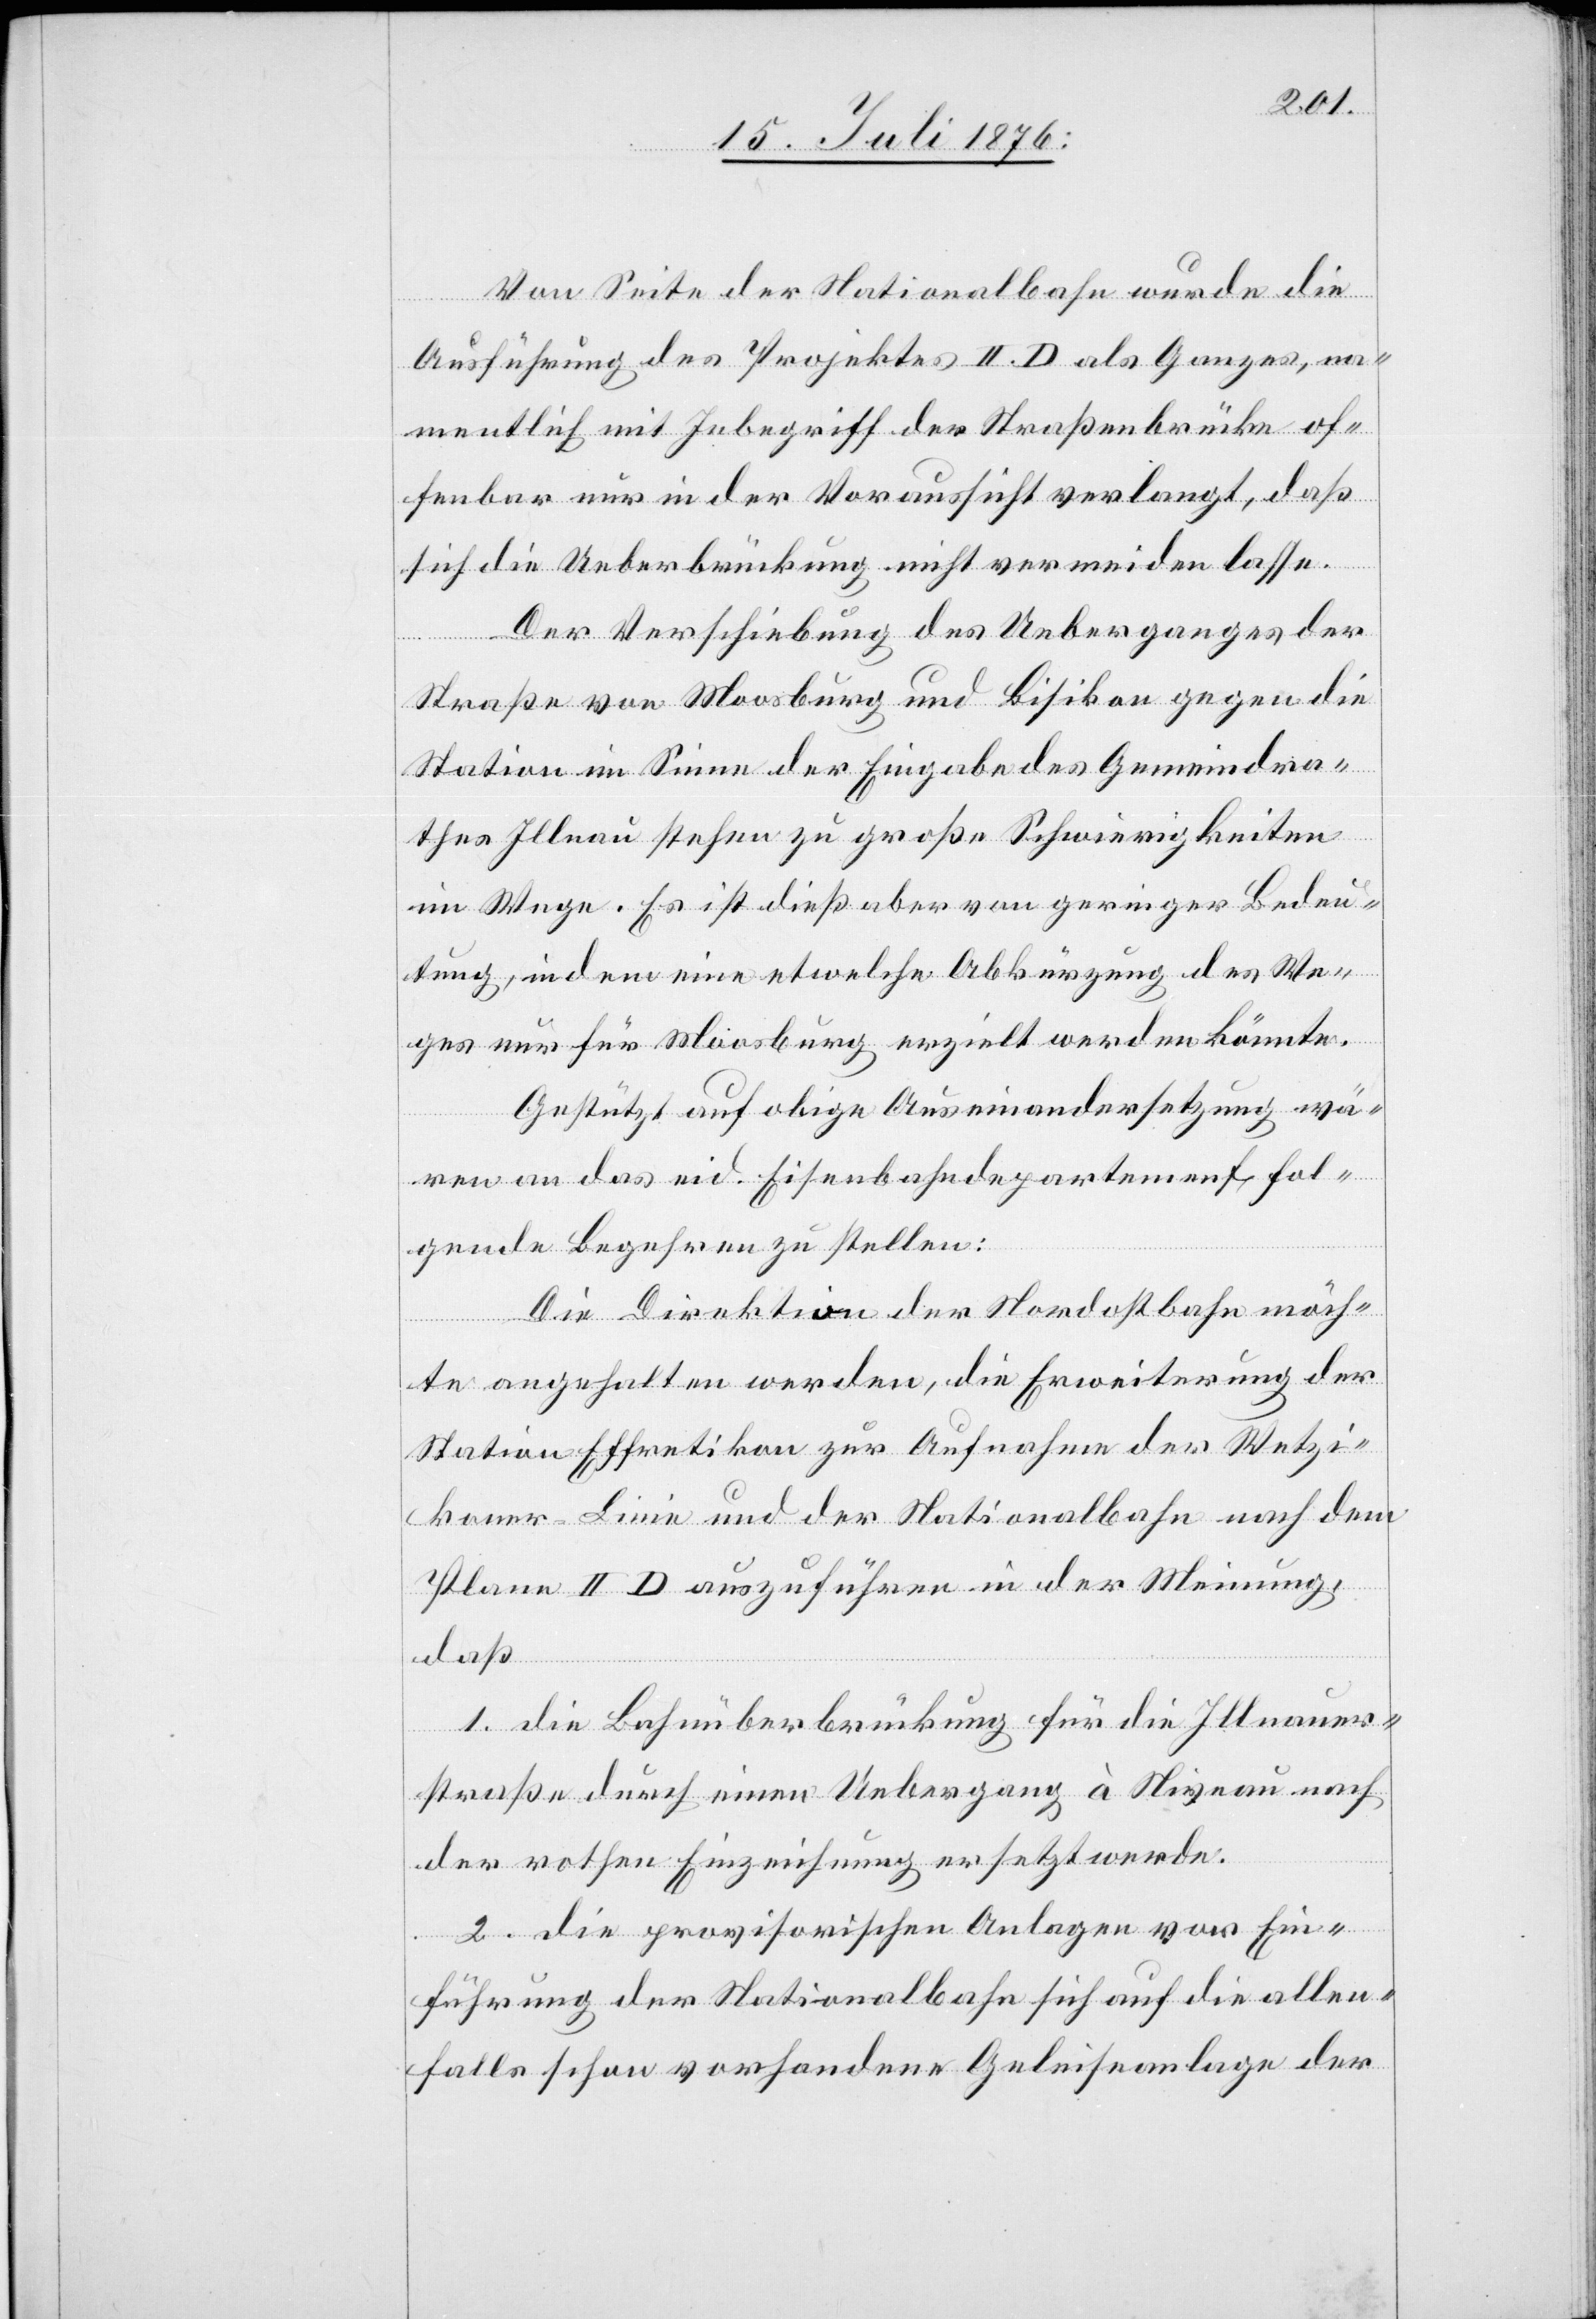
Von Seite der Nationalbahn wurde die
Ausführung des Projektes II D als Ganzes, na¬
mentlich mit Inbegriff der Straßenbrücke of¬
fenbar nur in der Voraussicht verlangt, das
sich die Ueberbrückung nicht vermeiden lasse.
Der Verschiebung des Ueberganges der
Straße von Moosburg und Bisikon gegen die
Station im Sinne der Eingabe des Gemeindra¬
thes Illnau stehen zu große Schwierigkeiten
im Wege. Es ist dieß aber von geringer Bedeu¬
tung, in dem eine etwelche Abkürzung des We¬
ges nur für Moosburg erzielt werden könnte.
Gestützt auf obige Auseinandersetzung wä¬
re an das eid. Eisenbahndepartement fol¬
gende Begehren zu stellen:
Die Direktion der Nordostbahn möch¬
te angehalten werden, die Erweiterung der
Station Effretikon zur Aufnahme der Wetzi¬
koner-Linie und der Nationalbahn nach dem
Plane II D auszuführen in der Meinung,
daß
1. die Bahnüberbrückung für die Illnauer¬
straße durch einen Uebergang à Niveau nach
der rothen Einzeichnung ersetzt werde.
2. die provisorischen Anlagen vor Ein¬
führung der Nationalbahn sich auf die allen¬
falls schon vorhandene Geleiseanlage der